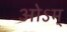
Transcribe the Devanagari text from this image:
ओऽम्‌